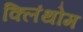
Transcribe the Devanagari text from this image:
क्लिंथोम